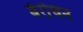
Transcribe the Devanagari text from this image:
बेरोचन